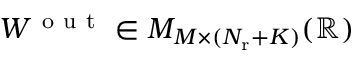
W ^ { \mathrm { ~ o ~ u ~ t ~ } } \in { \cal M } _ { M \times ( N _ { \mathrm { r } } + K ) } ( \mathbb { R } )